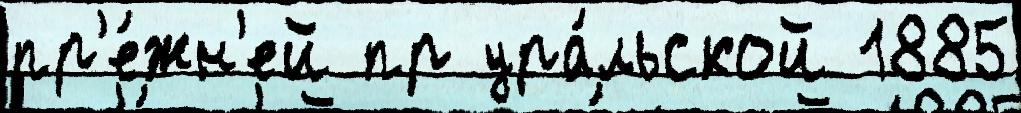
пр'е́жн'ей пр ура́льской 1885